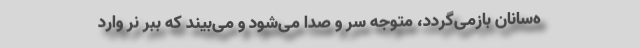
ه‌سانان بازمی‌گردد، متوجه سر و صدا می‌شود و می‌بیند که ببر نر وارد